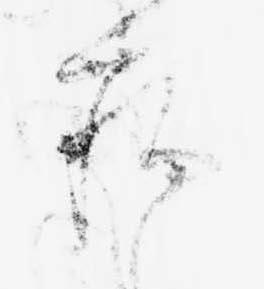
病